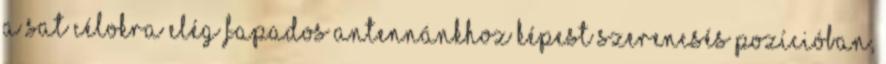
a sat célokra elég fapados antennánkhoz képest szerencsés pozícióban,